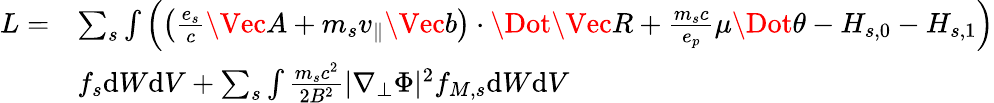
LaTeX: \begin{array}{rl}{L=}&{\sum_{s}\int\left(\left(\frac{e_{s}}{c}\Vec{A}+m_{s}v_{\parallel}\Vec{b}\right)\cdot\Dot{\Vec{R}}+\frac{m_{s}c}{e_{p}}\mu\Dot{\theta}-H_{s,0}-H_{s,1}\right)}\\ &{f_{s}\mathrm{d}W\mathrm{d}V+\sum_{s}\int\frac{m_{s}c^{2}}{2B^{2}}|\nabla_{\perp}\Phi|^{2}f_{M,s}\mathrm{d}W\mathrm{d}V}\end{array}